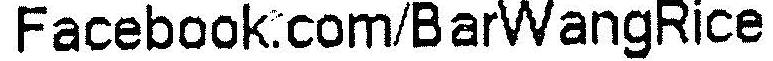
FACEBOOK.COM/BARWANGRICE